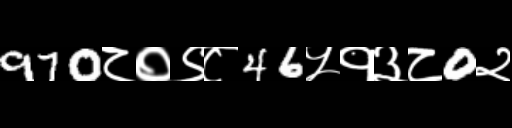
Text: 970८०९८46५१३८0२